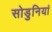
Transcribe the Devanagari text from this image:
सोडुनियां